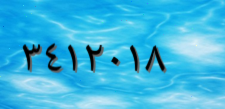
٣٤١٢٠١٨